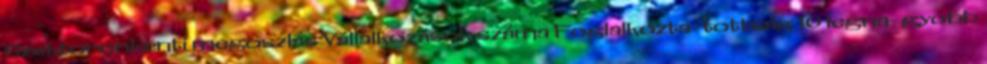
Szektoronkénti megoszlás Vállalkozások száma Foglalkozta- tottság 10 legna- gyobb